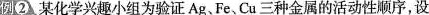
例2 某化学兴趣小组为验证Ag、Fe、Cu三种金属的活动性顺序，设